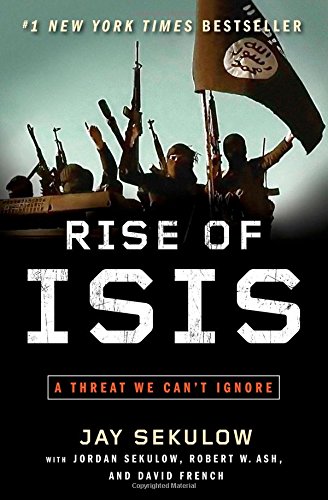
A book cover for Rise of ISIS: A Threat We Can't Ignore; Jay Sekulow; History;